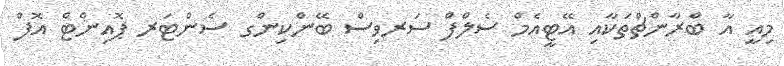
މިއީ އާ ބްރާންޗްތަކާއި އޭޓީއެމް ސެލްފް ސަރވިސް ބޭންކިންގ ސެންޓަރ ޕޮއިންޓް އޮފް